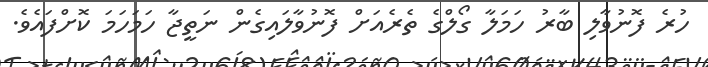
ހުރެ ފޮނުވާލި ބާރު ހަމަލާ ގޯލްގެ ތެރެއަށް ފޮނުވާލައިގެން ނަތީޖާ ހަމަހަމަ ކޮށްފައެވެ.